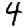
Digit: 4